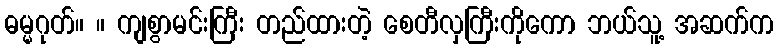
ဓမ္မဂုတ်။ ။ ကျစွာမင်းကြီး တည်ထားတဲ့ စေတီလှကြီးကိုကော ဘယ်သူ့ အဆက်က